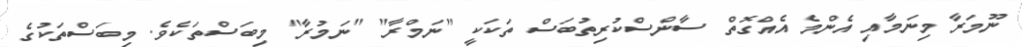
ނޫމަރާ މިނަމާއި އެންމެ އެއްގޮތް ސާންސްކުރިތުބަސް ތަކަކީ "ނަމްރާ" "ނަމުރާ" މިބަސްތަކެވެ. މިބަސްތަކުގެ